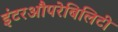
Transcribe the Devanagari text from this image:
इंटरऔपरेबिलिटी